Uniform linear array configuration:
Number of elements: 16
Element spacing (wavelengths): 1
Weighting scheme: blackman
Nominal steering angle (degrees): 45
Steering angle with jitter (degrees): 44.851
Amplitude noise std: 0.05
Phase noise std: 0.05

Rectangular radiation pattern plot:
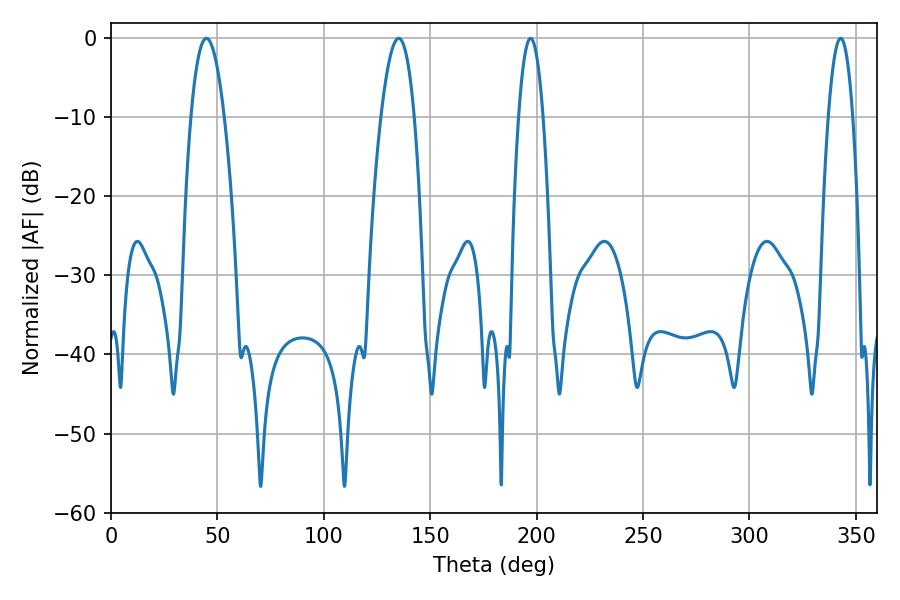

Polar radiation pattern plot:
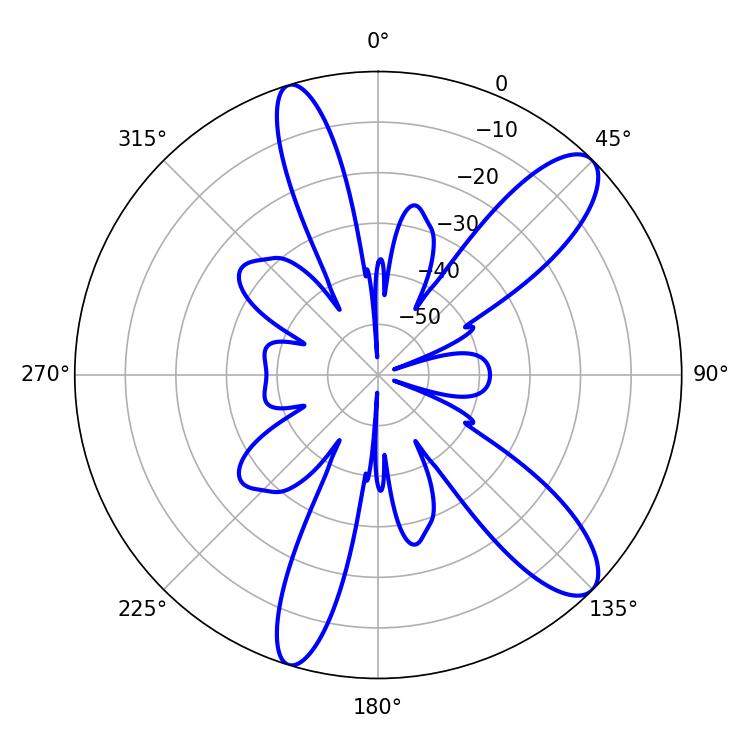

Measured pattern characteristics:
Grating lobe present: TRUE
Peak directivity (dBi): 11.04
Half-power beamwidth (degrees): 8.64
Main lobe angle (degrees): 44.82